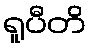
ရူပီတိ